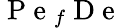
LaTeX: \mathrm{~P~e~}_{f}\mathrm{~D~e~}